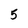
Character: 5